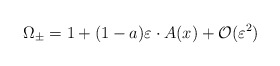
\begin{align*}\Omega _{\pm }=1+(1-a)\varepsilon \cdot A(x)+{\cal O}(\varepsilon ^2)\end{align*}